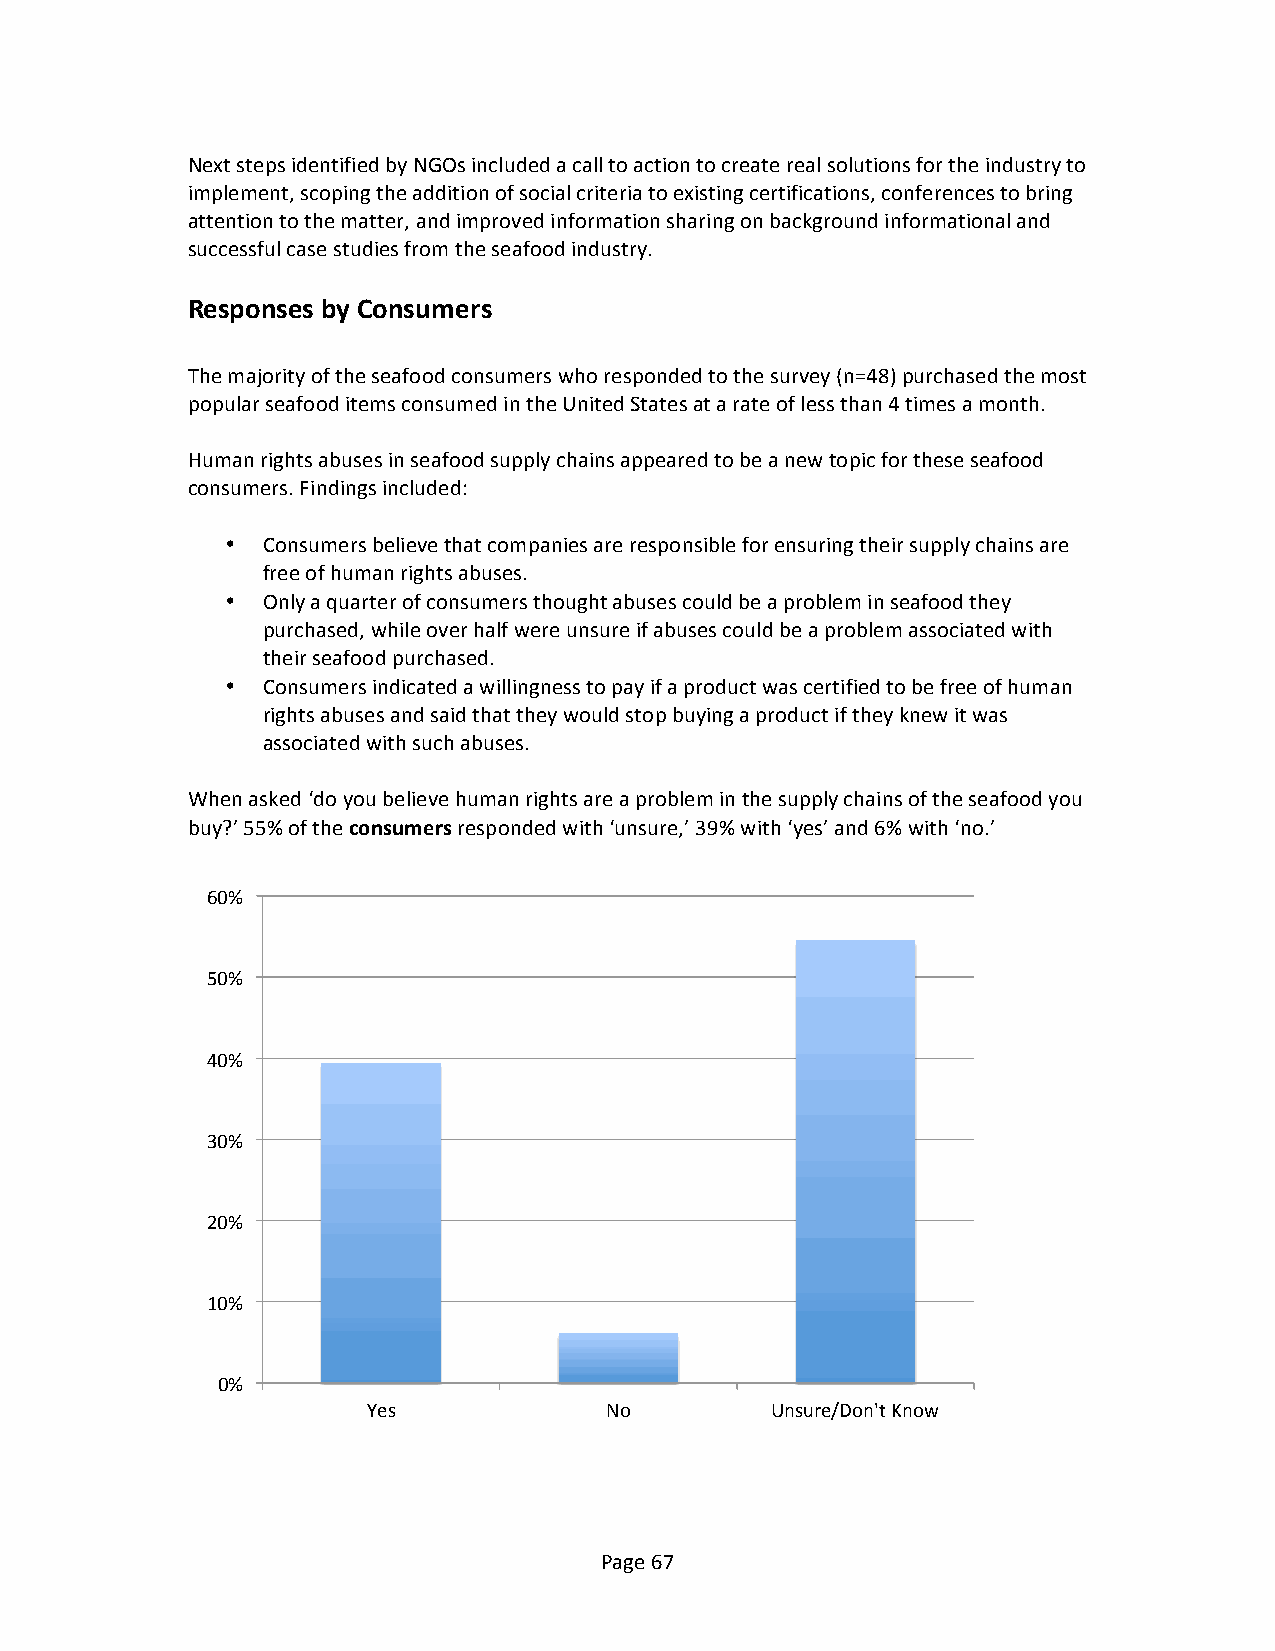
Next steps identified by NGOs included a call to action to create real solutions for the industry to
 implement, scoping the addition of social criteria to existing certifications, conferences to bring
 attention to the matter, and improved information sharing on background informational and
 successful case studies from the seafood industry.
 Responses by Consumers
 The majority of the seafood consumers who responded to the survey (n=48) purchased the most
 popular seafood items consumed in the United States at a rate of less than 4 times a month.
 Human rights abuses in seafood supply chains appeared to be a new topic for these seafood
 consumers. Findings included:
 • Consumers believe that companies are responsible for ensuring their supply chains are
 free of human rights abuses.
 • Only a quarter of consumers thought abuses could be a problem in seafood they
 purchased, while over half were unsure if abuses could be a problem associated with
 their seafood purchased.
 • Consumers indicated a willingness to pay if a product was certified to be free of human
 rights abuses and said that they would stop buying a product if they knew it was
 associated with such abuses.
 When asked ‘do you believe human rights are a problem in the supply chains of the seafood you
 buy?’ 55% of the consumers responded with ‘unsure,’ 39% with ‘yes’ and 6% with ‘no.’
 60%
 50%
 40%
 30%
 20%
 10%
 0%
 Yes             No         Unsure/Don't Know
 Page 67